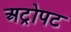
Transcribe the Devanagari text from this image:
अट्रोपट